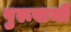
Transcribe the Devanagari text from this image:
पुरूषार्थी